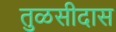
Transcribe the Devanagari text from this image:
तुळसीदास